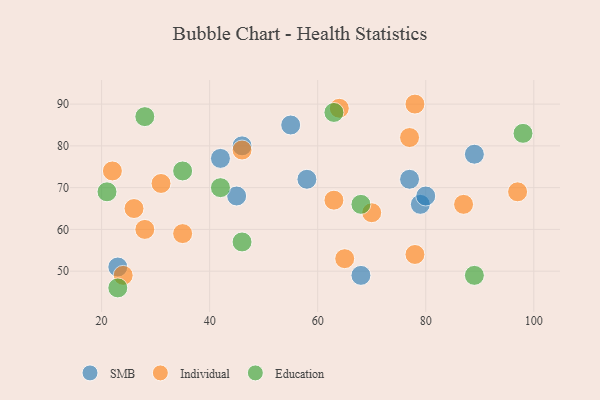
{"axis": {"x": "GDP", "y": "Life Expectancy"}, "legend": ["Education", "Individual", "SMB"], "data": [{"x": "45", "y": 68, "type": "SMB"}, {"x": "46", "y": 80, "type": "SMB"}, {"x": "79", "y": 66, "type": "SMB"}, {"x": "68", "y": 49, "type": "SMB"}, {"x": "23", "y": 51, "type": "SMB"}, {"x": "77", "y": 72, "type": "SMB"}, {"x": "80", "y": 68, "type": "SMB"}, {"x": "58", "y": 72, "type": "SMB"}, {"x": "55", "y": 85, "type": "SMB"}, {"x": "89", "y": 78, "type": "SMB"}, {"x": "42", "y": 77, "type": "SMB"}, {"x": "46", "y": 79, "type": "Individual"}, {"x": "77", "y": 82, "type": "Individual"}, {"x": "22", "y": 74, "type": "Individual"}, {"x": "26", "y": 65, "type": "Individual"}, {"x": "97", "y": 69, "type": "Individual"}, {"x": "78", "y": 90, "type": "Individual"}, {"x": "24", "y": 49, "type": "Individual"}, {"x": "70", "y": 64, "type": "Individual"}, {"x": "65", "y": 53, "type": "Individual"}, {"x": "35", "y": 59, "type": "Individual"}, {"x": "87", "y": 66, "type": "Individual"}, {"x": "63", "y": 67, "type": "Individual"}, {"x": "78", "y": 54, "type": "Individual"}, {"x": "31", "y": 71, "type": "Individual"}, {"x": "28", "y": 60, "type": "Individual"}, {"x": "64", "y": 89, "type": "Individual"}, {"x": "28", "y": 87, "type": "Education"}, {"x": "21", "y": 69, "type": "Education"}, {"x": "42", "y": 70, "type": "Education"}, {"x": "63", "y": 88, "type": "Education"}, {"x": "46", "y": 57, "type": "Education"}, {"x": "89", "y": 49, "type": "Education"}, {"x": "23", "y": 46, "type": "Education"}, {"x": "68", "y": 66, "type": "Education"}, {"x": "98", "y": 83, "type": "Education"}, {"x": "35", "y": 74, "type": "Education"}]}